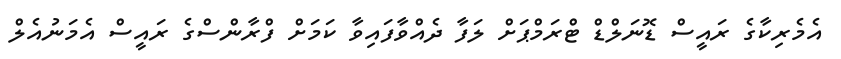
އެމެރިކާގެ ރައީސް ޑޮނަލްޑް ޓްރަމްޕަށް ލަފާ ދެއްވާފައިވާ ކަމަށް ފްރާންސްގެ ރައީސް އެމަނުއެލް